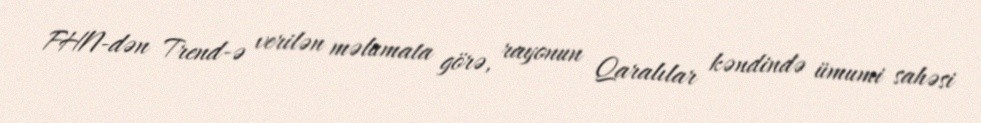
FHN-dən Trend-ə verilən məlumata görə, rayonun Qaralılar kəndində ümumi sahəsi